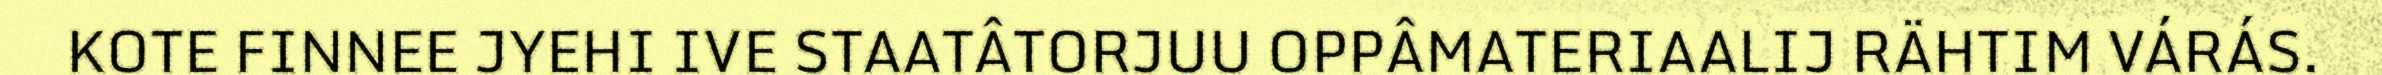
KOTE FINNEE JYEHI IVE STAATÂTORJUU OPPÂMATERIAALIJ RÄHTIM VÁRÁS.